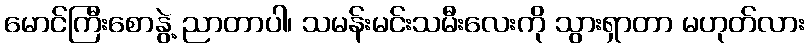
မောင်ကြီးစောနွဲ့ ညာတာပါ၊ သမန်းမင်းသမီးလေးကို သွားရှာတာ မဟုတ်လား